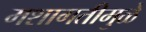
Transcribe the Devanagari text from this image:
मशागतीमुळे